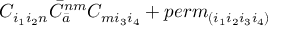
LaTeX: C _ { i _ { 1 } i _ { 2 } n } { \bar { C } } _ { \bar { a } } ^ { n m } C _ { m i _ { 3 } i _ { 4 } } + p e r m _ { ( i _ { 1 } i _ { 2 } i _ { 3 } i _ { 4 } ) }